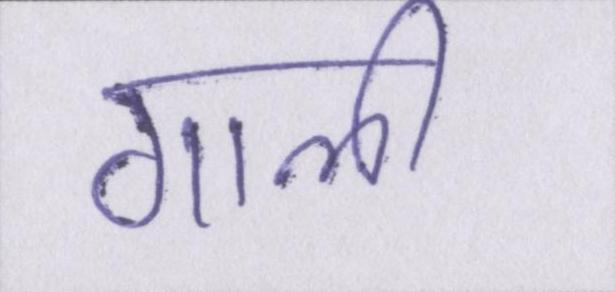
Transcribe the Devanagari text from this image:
गाली